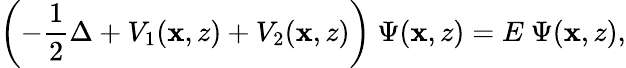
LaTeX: \left(-\frac{1}{2}\Delta+V_{1}(\textbf{x},z)+V_{2}(\textbf{x},z)\right)~\Psi(\textbf{x},z)=E~\Psi(\textbf{x},z),